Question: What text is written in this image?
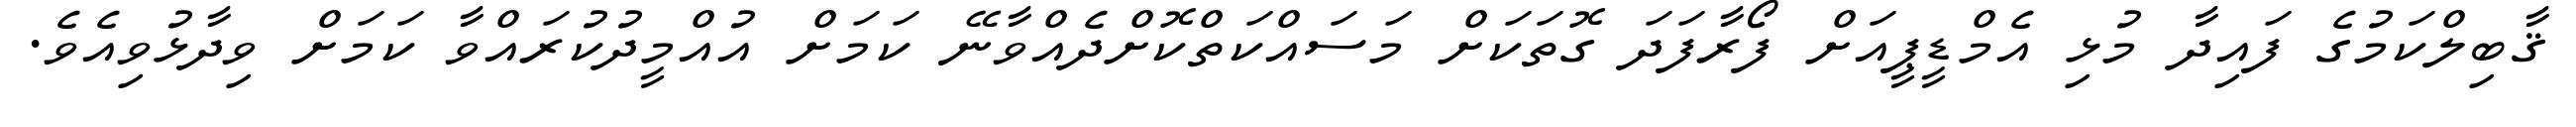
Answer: ޤާބިލްކަމުގެ ފައިދާ މުޅި އެމްޑީޕީއަށް ފޯރާފަދަ ގޮތަކަށް މަސައްކަތްކޮށްދެއްވާނޭ ކަމަށް އުއްމީދުކުރައްވާ ކަމަށް ވިދާޅުވިއެވެ.